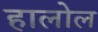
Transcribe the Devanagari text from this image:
हालोल